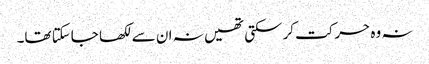
نہ وہ حرکت کرسکتی تھیں نہ ان سے لکھا جاسکتا تھا۔